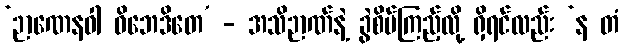
‘ဉာဏေနဝါ ဝိဘေဒိတေ’ - အသိဉာဏ်နဲ့ ခွဲစိပ်ကြည့်လို့ ရှိရင်လည်း ‘န တံ